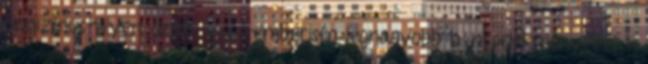
cionizmust ilyen áron - az emberiség legnagyobb bűncselekményével -